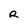
Character: R